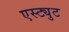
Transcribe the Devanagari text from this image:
एस्ट्युट